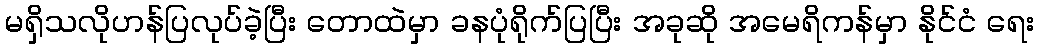
မရှိသလိုဟန်ပြလုပ်ခဲ့ပြီး တောထဲမှာ ခနပုံရိုက်ပြပြီး အခုဆို အမေရိကန်မှာ နိုင်ငံ ရေး